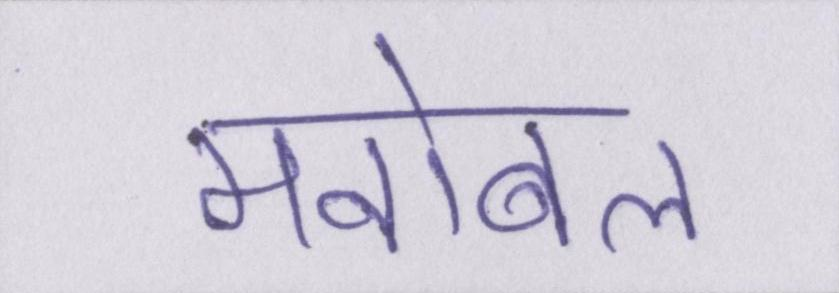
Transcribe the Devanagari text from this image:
मनोबल